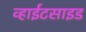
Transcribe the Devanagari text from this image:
व्हाईटसाइड